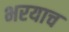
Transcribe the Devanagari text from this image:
भरयाच